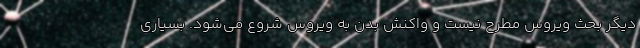
دیگر بحث ویروس مطرح نیست و واکنش بدن به ویروس شروع می‌شود. بسیاری